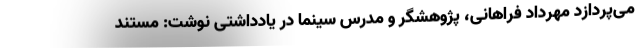
می‌پردازد مهرداد فراهانی، پژوهشگر و مدرس سینما در یادداشتی نوشت: مستند